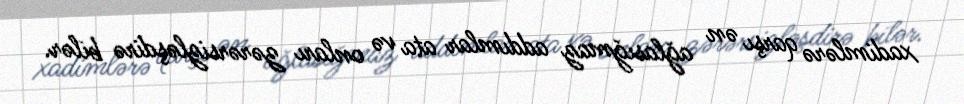
xadimlərə qarşı ən ağlasığmaz addımlar ata və onları zərərsizləşdirə bilər.